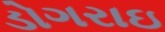
ડોગરાઇ